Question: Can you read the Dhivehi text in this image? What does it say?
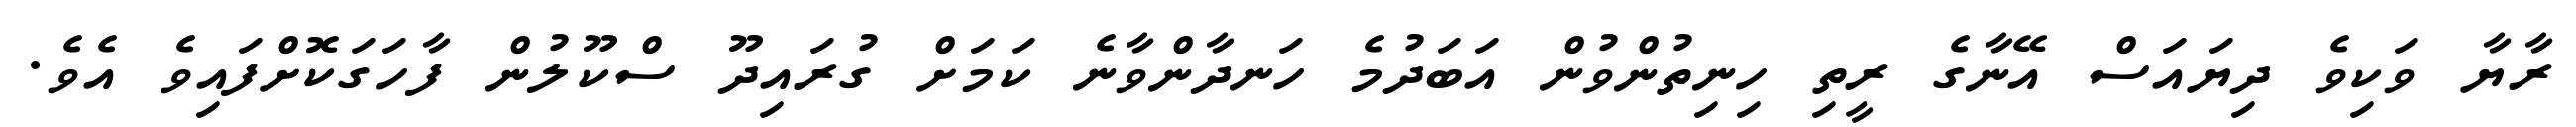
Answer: ރާޔާ ވަކިވެ ދިޔައަސް އޭނާގެ ރީތި ހިނިތުންވުން އަބަދުމެ ހަނދާންވާނެ ކަމަށް ގުރައިދޫ ސްކޫލުން ފާހަގަކޮށްފައިވެ އެވެ.